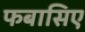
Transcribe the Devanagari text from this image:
फबासिए